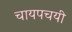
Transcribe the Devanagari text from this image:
चायपचयी